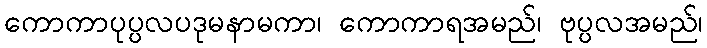
ကောကာပုပ္ပလပဒုမနာမကာ၊ ကောကာရအမည်၊ ဗုပ္ပလအမည်၊